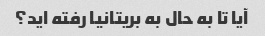
آیا تا به حال به بریتانیا رفته اید؟